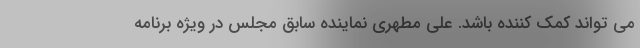
می تواند کمک کننده باشد. علی مطهری نماینده سابق مجلس در ویژه برنامه